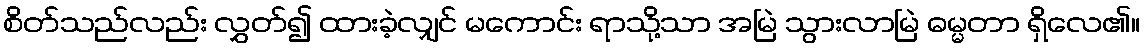
စိတ်သည်လည်း လွှတ်၍ ထားခဲ့လျှင် မကောင်း ရာသို့သာ အမြဲ သွားလာမြဲ ဓမ္မတာ ရှိလေ၏။